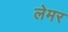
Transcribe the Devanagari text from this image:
लेमर